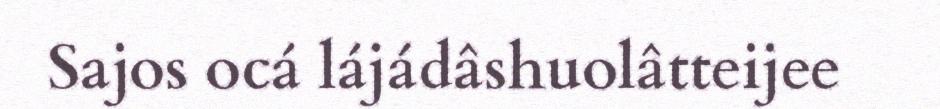
Sajos ocá lájádâshuolâtteijee